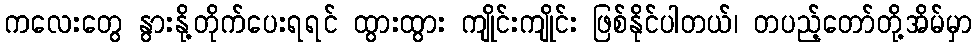
ကလေးတွေ နွားနို့တိုက်ပေးရရင် ထွားထွား ကျိုင်းကျိုင်း ဖြစ်နိုင်ပါတယ်၊ တပည့်တော်တို့အိမ်မှာ